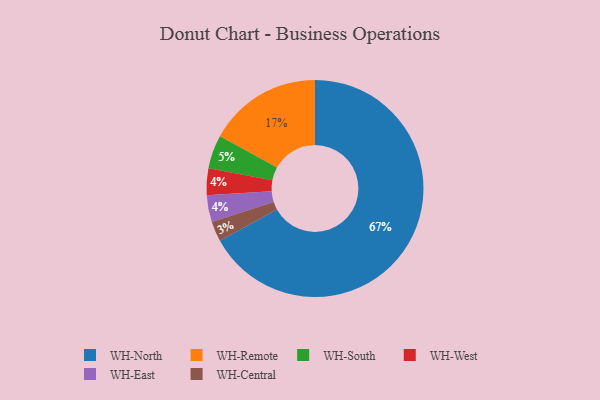
{"axis": {"x": "Category", "y": "Percentage"}, "legend": ["WH-Central", "WH-East", "WH-North", "WH-Remote", "WH-South", "WH-West"], "data": [{"x": "WH-South", "y": 5, "type": "WH-South"}, {"x": "WH-North", "y": 67, "type": "WH-North"}, {"x": "WH-Central", "y": 3, "type": "WH-Central"}, {"x": "WH-West", "y": 4, "type": "WH-West"}, {"x": "WH-Remote", "y": 17, "type": "WH-Remote"}, {"x": "WH-East", "y": 4, "type": "WH-East"}]}